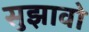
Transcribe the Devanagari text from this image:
सुझावो